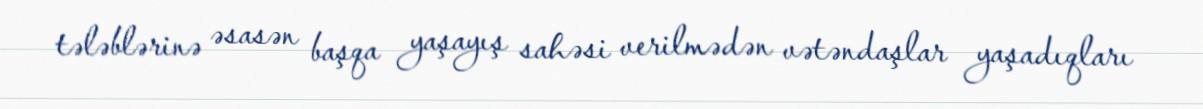
tələblərinə əsasən başqa yaşayış sahəsi verilmədən vətəndaşlar yaşadıqları